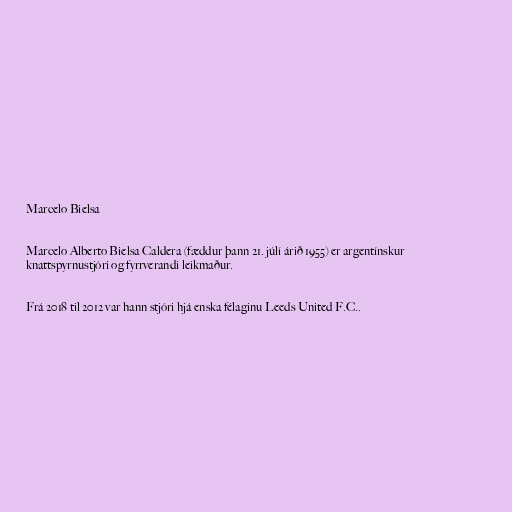
Marcelo Bielsa

Marcelo Alberto Bielsa Caldera (fæddur þann 21. júlí árið 1955) er argentínskur
knattspyrnustjóri og fyrrverandi leikmaður.

Frá 2018 til 2012 var hann stjóri hjá enska félaginu Leeds United F.C..